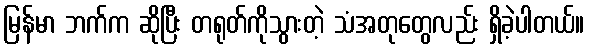
မြန်မာ ဘက်က ဆိုပြီး တရုတ်ကိုသွားတဲ့ သံအတုတွေလည်း ရှိခဲ့ပါတယ်။